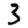
Digit: 3